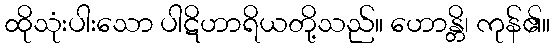
ထိုသုံးပါးသော ပါဋိဟာရိယတို့သည်။ ဟောန္တိ၊ ကုန်၏။